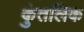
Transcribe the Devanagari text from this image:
कुंतलिक